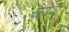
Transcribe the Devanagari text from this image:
कांबया